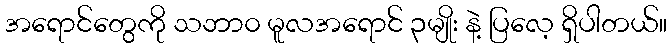
အရောင်တွေကို သဘာ၀ မူလအရောင် ၃မျိုး နဲ့ ပြလေ့ ရှိပါတယ်။